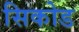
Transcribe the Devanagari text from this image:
सिकोड